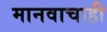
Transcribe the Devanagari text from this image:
मानवाचाही